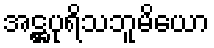
အဋ္ဌပုရိသဘူမိယော